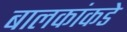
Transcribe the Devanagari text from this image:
बालकांकडे